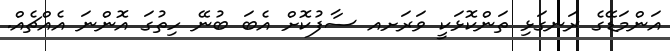
އަންމަޑޭގެ ރަނގަޅި ތަންކޮޅަކީ ވަރަށއ ސާފުކޮށް އެބަ ބުނޭ ހިތުގަ އޮންނަ އެއްޗެއް.